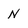
Character: N